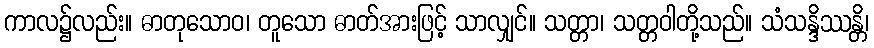
ကာလ၌လည်း။ ဓာတုသောဝ၊ တူသော ဓာတ်အားဖြင့် သာလျှင်။ သတ္တာ၊ သတ္တဝါတို့သည်။ သံသန္ဒိဿန္တိ၊